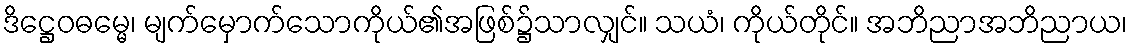
ဒိဋ္ဌေဝဓမ္မေ၊ မျက်မှောက်သောကိုယ်၏အဖြစ်၌သာလျှင်။ သယံ၊ ကိုယ်တိုင်။ အဘိညာအဘိညာယ၊